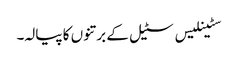
سٹینلیس سٹیل کے برتنوں کا پیالہ۔